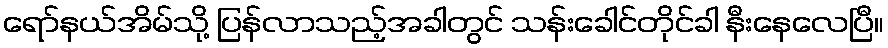
ရော်နယ်အိမ်သို့ ပြန်လာသည့်အခါတွင် သန်းခေါင်တိုင်ခါ နီးနေလေပြီ။